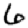
Digit: 6